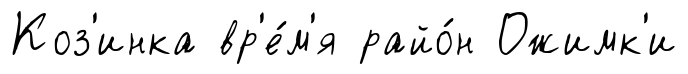
Коз'инка вр'е́м'я райо́н Ожимк'и